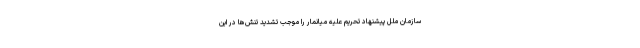
سازمان ملل پیشنهاد تحریم علیه میانمار را موجب تشدید تنش‌ها در این